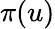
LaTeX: \pi(u)